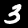
Digit: 3